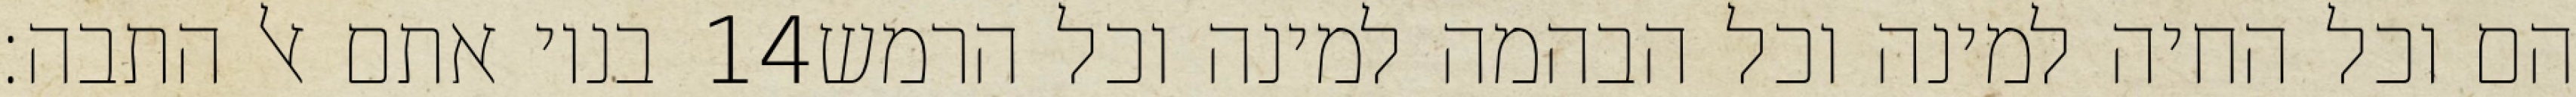
בניו אתם אל התבה׃ ‎14‏ הם וכל החיה למינה וכל הבהמה למינה וכל הרמש